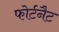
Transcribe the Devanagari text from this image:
फोर्टनैट